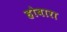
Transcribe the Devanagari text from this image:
होबारा